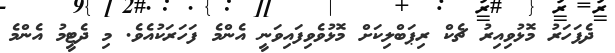
ދެފަހަރު މޮޅުވިއިރު ޗެކް ރިޕަބްލިކަށް މޮޅުވެވިފައިވަނީ އެންމެ ފަހަރަކުއެވެ. މި ދެޓީމު އެންމެ